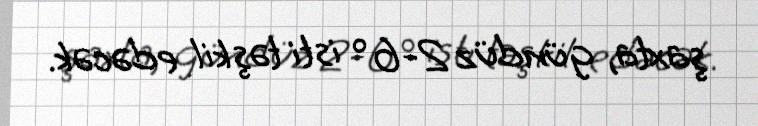
şaxta, gündüz 2-6° isti təşkil edəcək.